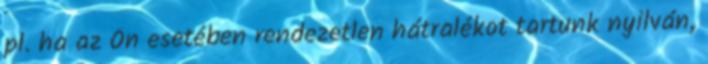
pl. ha az Ön esetében rendezetlen hátralékot tartunk nyilván,